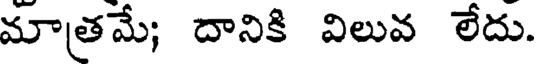
మాత్రమే; దానికి విలువ లేదు.